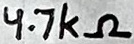
Text: 4.7kΩ